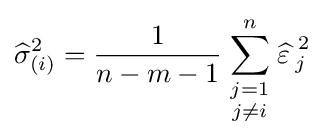
{\widehat {\sigma }}_{(i)}^{2}={1 \over n-m-1}\sum _{\begin{smallmatrix}j=1\\j\neq i\end{smallmatrix}}^{n}{\widehat {\varepsilon \,}}_{j}^{\,2}